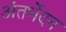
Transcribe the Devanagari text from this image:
अंतर्भेदन